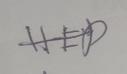
Signature authenticity: genuine